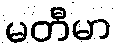
မတီမာ